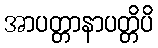
အာပတ္တာနာပတ္တိပိ